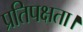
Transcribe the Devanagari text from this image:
प्रतिपक्षता।